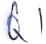
Text: Q1